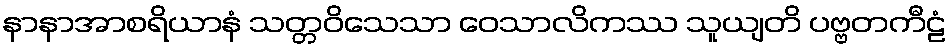
နာနာအာစရိယာနံ သတ္တဝိသေသာ ဝေသာလိကဿ သူယျတိ ပဗ္ဗတကီဠံ